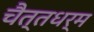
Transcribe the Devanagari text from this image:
चैत्तधर्म